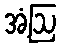
အံ့ဩ